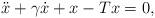
LaTeX: \begin{align*}\ddot x + \gamma\dot x + x-Tx = 0,\end{align*}